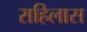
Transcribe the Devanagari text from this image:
राहिलास